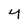
Character: 4